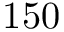
1 5 0